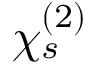
\chi _ { s } ^ { ( 2 ) }